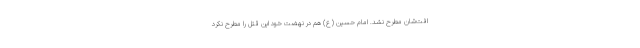
افت‌شان مطرح نشد. امام حسین (ع) هم در نهضت خود این قتل را مطرح نکرد